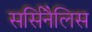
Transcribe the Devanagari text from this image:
सर्सिनैलिस